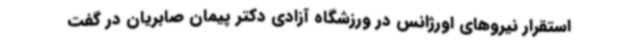
استقرار نیروهای اورژانس در ورزشگاه آزادی دکتر پیمان صابریان در گفت